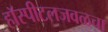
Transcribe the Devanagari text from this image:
हॉस्पीटलजवळचा